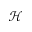
\mathcal { H }